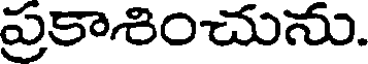
ప్రకాశించును.